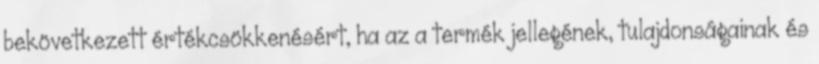
bekövetkezett értékcsökkenésért, ha az a termék jellegének, tulajdonságainak és